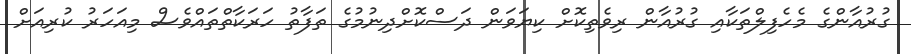
ގުރުއާންގެ މެހެފިލްތަކާއި ގުރުއާން ރިވެތިކޮށް ކިޔަވަން ދަސްކޮށްދިނުމުގެ ތަފާތު ހަރަކާތްތައްވެސް މިއަހަރު ކުރިއަށް